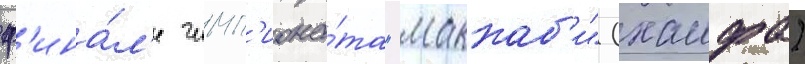
ф'ина́л'е чемп'иона́та "маккаб'и" (хаифа)